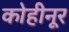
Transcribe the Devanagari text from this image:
कोहीनूर